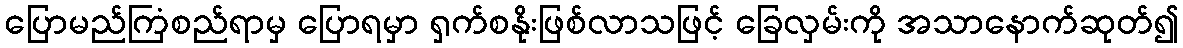
ပြောမည်ကြံစည်ရာမှ ပြောရမှာ ရှက်စနိုးဖြစ်လာသဖြင့် ခြေလှမ်းကို အသာနောက်ဆုတ်၍